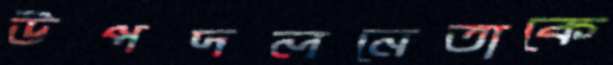
উপদলনেতাকে